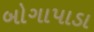
બોગાપાડા